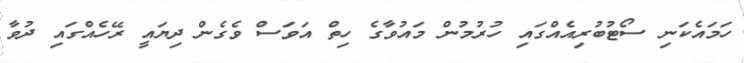
ހަމައެކަނި ސޯޓުބުރިއެއްގައި ހުރުމުން މައުވާގެ ހިތް އަވަސް ވެގެން ދިޔައީ ރޭހެއްގައި ދުވާ